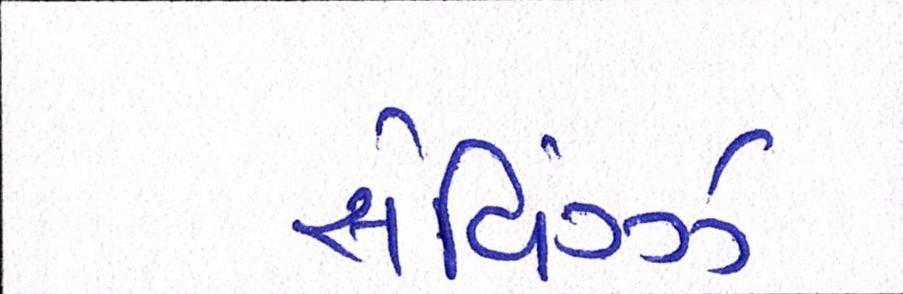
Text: સેવિંગ્ઝ